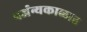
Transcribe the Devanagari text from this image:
पर्जन्यकाळात